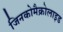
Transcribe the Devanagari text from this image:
जिनकोमैक्रोलाइड